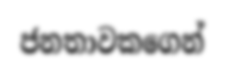
ජනතාවකගෙන්